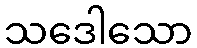
သဒေါသော